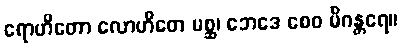
ရောဟိတော လောဟိတေ မစ္ဆ၊ ဘေဒေ စေဝ မိဂန္တရေ။